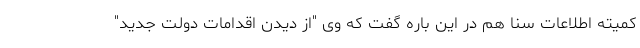
كمیته اطلاعات سنا هم در این باره گفت كه وی "از دیدن اقدامات دولت جدید"